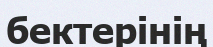
бектерінің